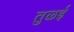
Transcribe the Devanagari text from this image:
तुळई